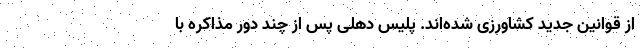
از قوانین جدید کشاورزی شده‌اند. پلیس دهلی پس از چند دور مذاکره با